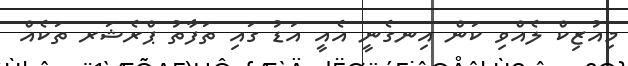
މިއުޒިކް ލެއްވި ކަން އިނގެނީ އެއީ އަޑު ގައި ތަފާތު ޕްރެޝަރ ތަކެއް